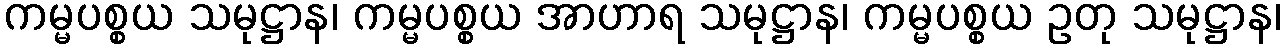
ကမ္မပစ္စယ သမုဋ္ဌာန၊ ကမ္မပစ္စယ အာဟာရ သမုဋ္ဌာန၊ ကမ္မပစ္စယ ဥတု သမုဋ္ဌာန၊